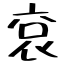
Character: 袞